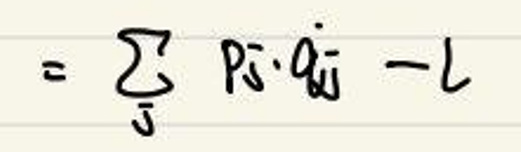
$= \sum\limits_{j} R_j \cdot q_j - L$